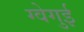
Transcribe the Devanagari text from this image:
ग्वेगुई